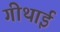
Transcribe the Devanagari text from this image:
गीथाई